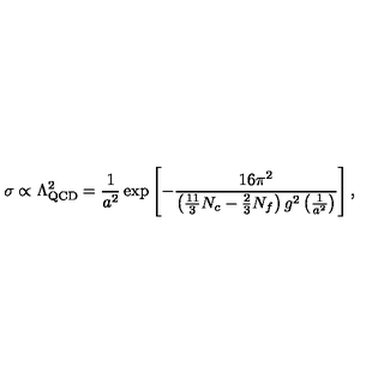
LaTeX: \sigma \propto \Lambda _ { \mathrm { Q C D } } ^ { 2 } = \frac { 1 } { a ^ { 2 } } \exp \left[ - \frac { 1 6 \pi ^ { 2 } } { \left( \frac { 1 1 } { 3 } N _ { c } - \frac 2 3 N _ { f } \right) g ^ { 2 } \left( \frac { 1 } { a ^ { 2 } } \right) } \right] ,